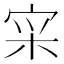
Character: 𫳍